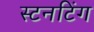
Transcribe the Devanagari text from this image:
स्टनटिंग